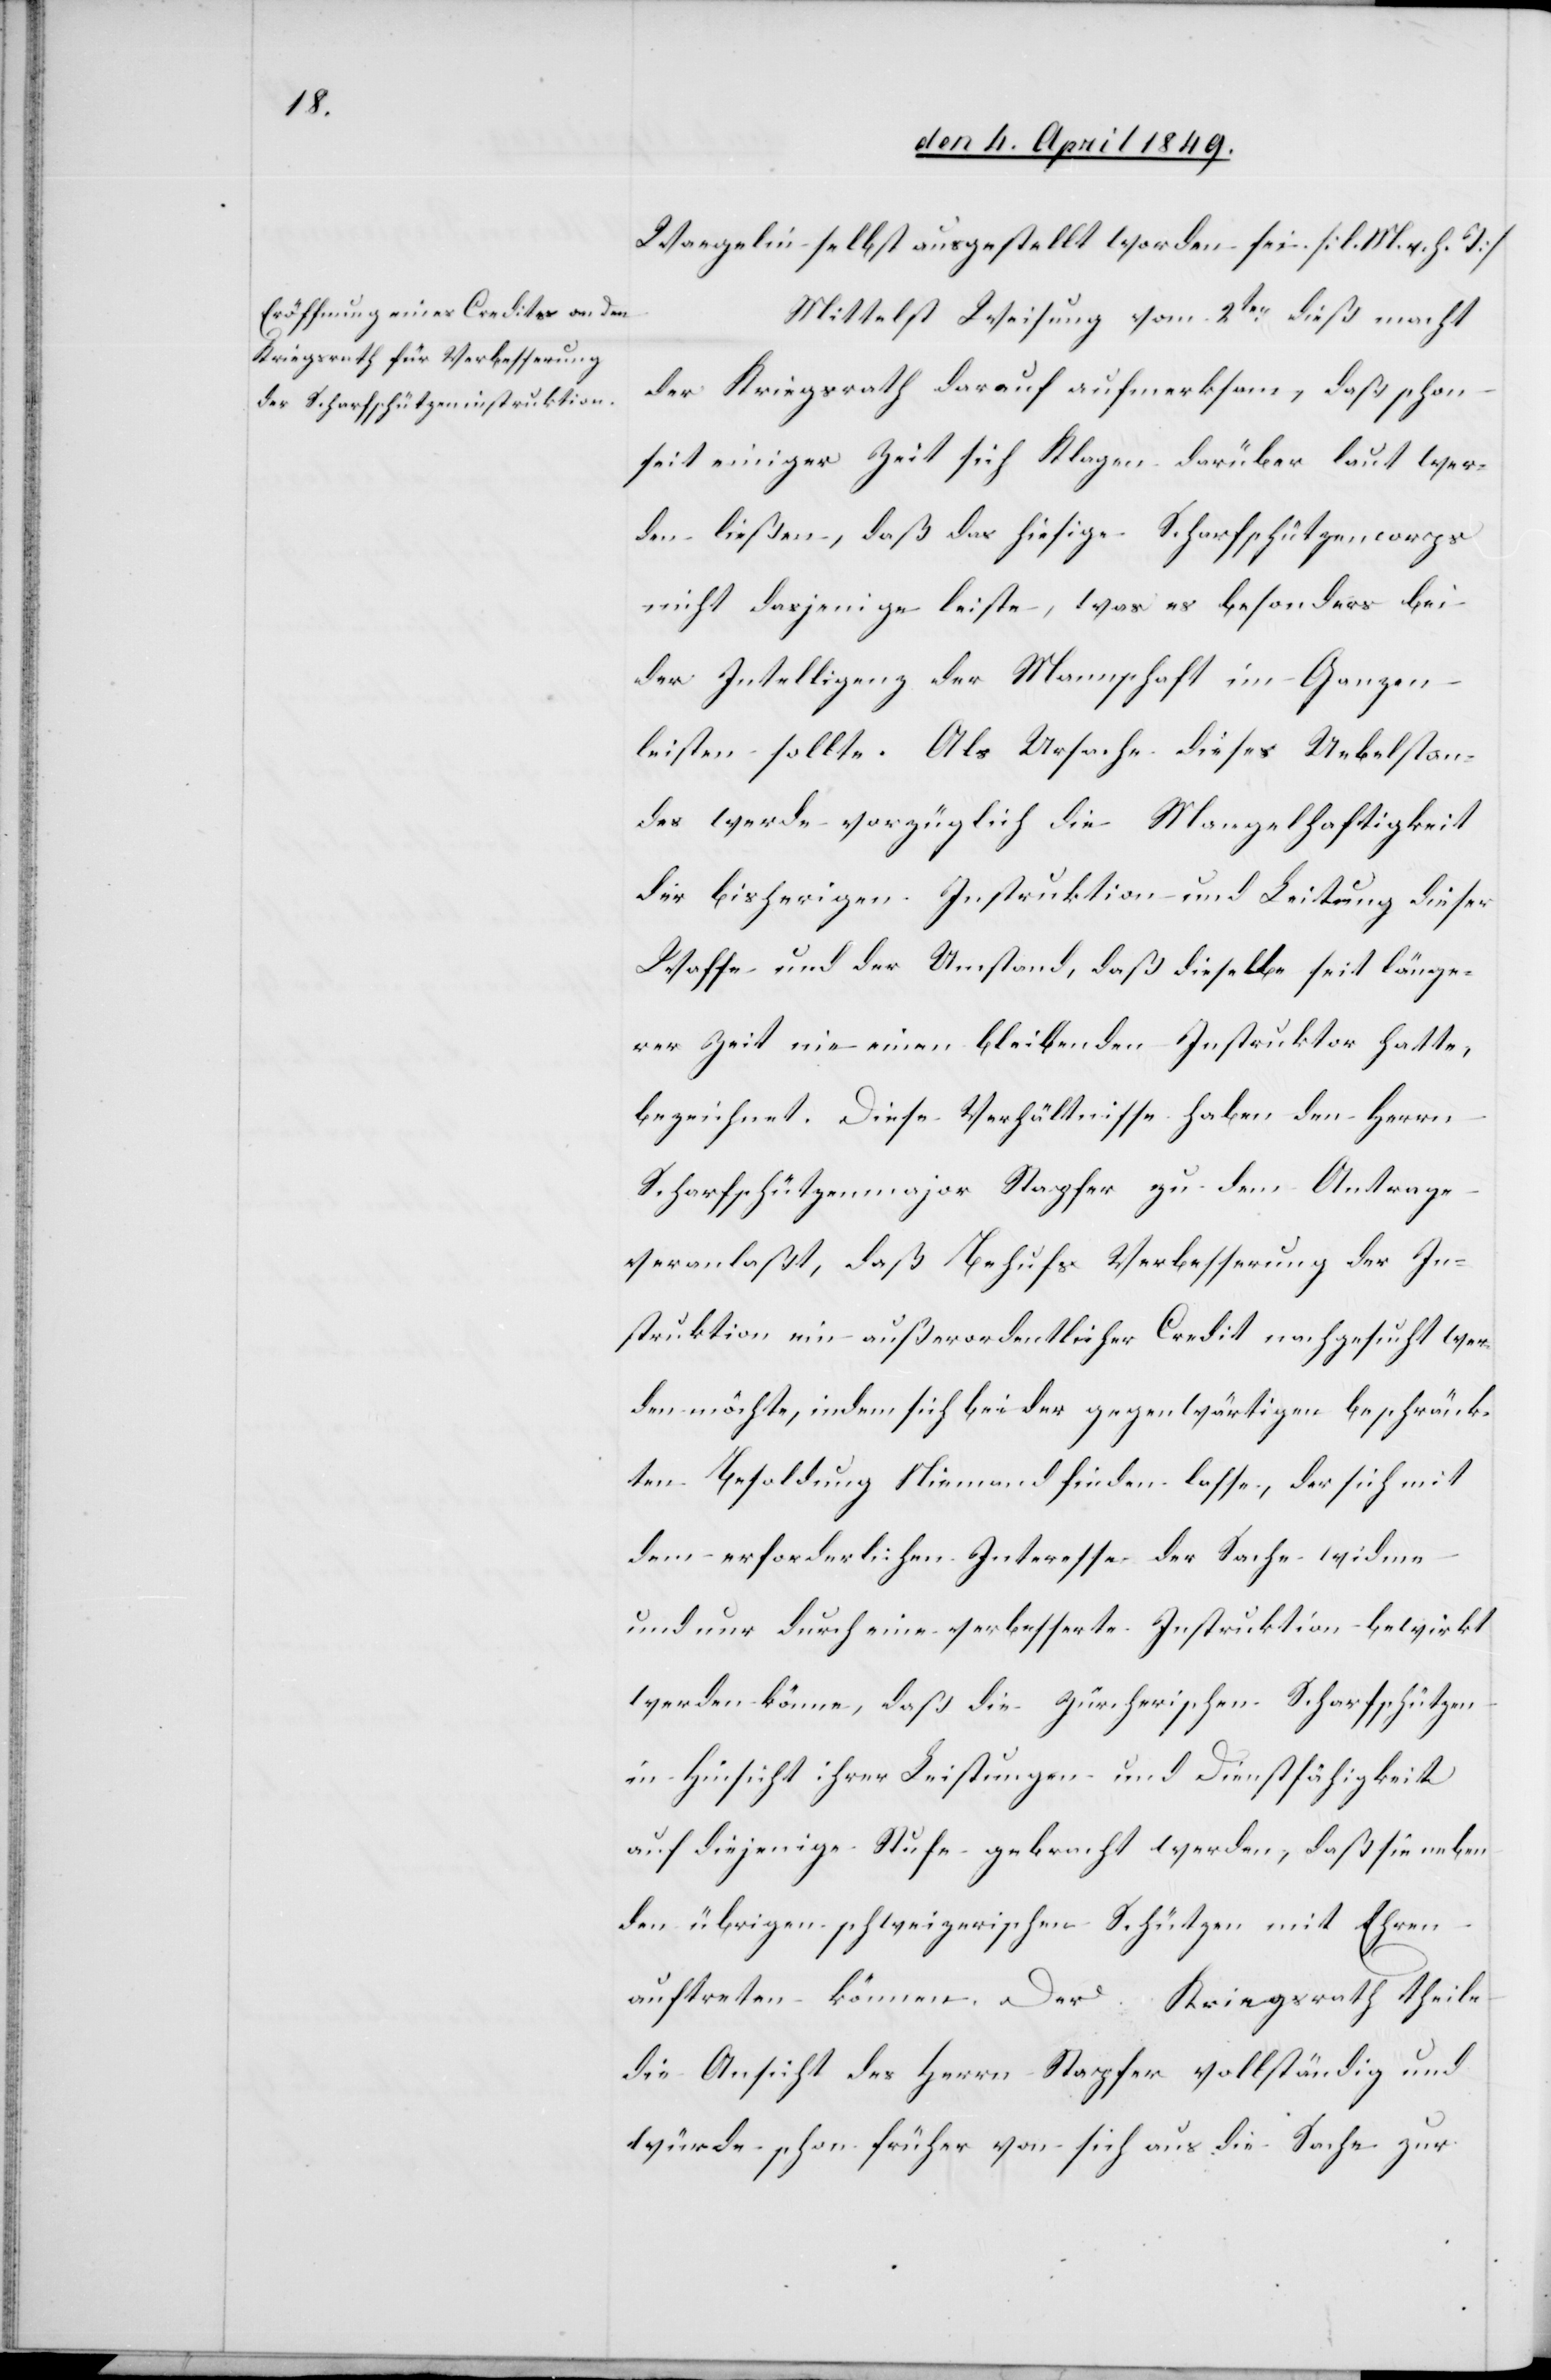
Waegelin selbst ausgestellt worden sei. [l. M. h. T][.]
Mittelst Weisung vom 2ten dieß macht
der Kriegsrath darauf aufmerksam, daß schon
seit einiger Zeit sich Klagen darüber laut wer¬
den ließen, daß das hiesige Scharfschützencorps
nicht dasjenige leiste, was es besonders bei
der Intelligenz der Mannschaft im Ganzen
leisten sollte. Als Ursache dieses Uebelstan¬
des werde vorzüglich die Mangelhaftigkeit
der bisherigen Instruktion und Leitung dieser
Waffe und der Umstand, daß dieselbe seit länge¬
rer Zeit nie einen bleibenden Instruktor hatte,
bezeichnet. Diese Verhältnisse haben den Herrn
Scharfschützenmajor Stapfer zu dem Antrage
veranlaßt, daß Behufs Verbesserung der In¬
struktion ein außerordentlicher Credit nachgesucht wer¬
den möchte, indem sich bei der gegenwärtigen beschränk¬
ten Besoldung Niemand finden lasse, der sich mit
dem erforderlichen Interesse der Sache widme
und nur durch eine verbesserte Instruktion bewirkt
werden könne, daß die Zürcherischen Scharfschützen
in Hinsicht ihrer Leistungen und Dienstfähigkeit
auf diejenige Stufe gebracht werden, daß sie neben
den übrigen schweizerischen Schützen mit Ehren
auftreten können. Der Kriegsrath theile
die Ansicht des Herrn Stapfer vollständig und
würde schon früher von sich aus die Sache zur